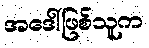
အဒေါ်ဖြစ်သူက